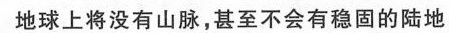
地球上将没有山脉，甚至不会有稳固的陆地